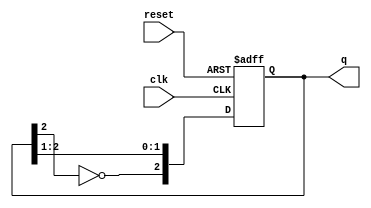
module ring_johnson_counter #(
    parameter N = 3 // Number of bits in the counter
)(
    input wire clk,          // Clock input
    input wire reset,        // Asynchronous reset input
    output reg [N-1:0] q     // Counter output
);

// Internal signal for the inverted output of the last flip-flop
wire inverted_last;

// Invert the output of the last flip-flop
assign inverted_last = ~q[N-1];

// Sequential logic for the Johnson counter
always @(posedge clk or posedge reset) begin
    if (reset) begin
        // Asynchronous reset: initialize counter to 0
        q <= 0;
    end else begin
        // Shift the values and feed back the inverted last output
        q <= {inverted_last, q[N-1:1]};
    end
end

endmodule